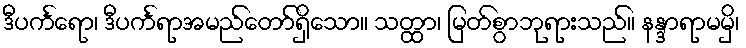
ဒီပင်္ကရော၊ ဒီပင်္ကရာအမည်တော်ရှိသော။ သတ္ထာ၊ မြတ်စွာဘုရားသည်။ နန္ဒာရာမမှိ၊